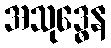
အသုဒ္ဓေန